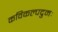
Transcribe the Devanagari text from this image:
कविकल्पद्रुमः